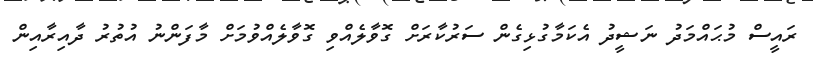
ރައީސް މުޙައްމަދު ނަޝީދު އެކަމާގުޅިގެން ސަރުކާރަށް ގޮވާލެއްވި ގޮވާލެއްވުމަށް މާފަންނު އުތުރު ދާއިރާއިން